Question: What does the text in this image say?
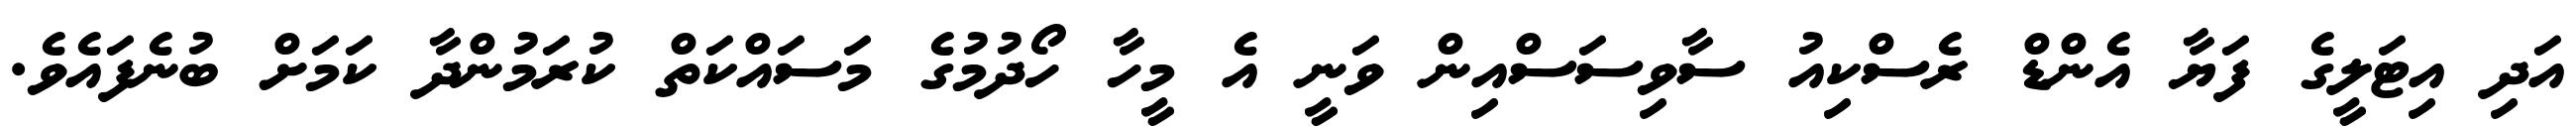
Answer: އަދި އިޓަލީގެ ފަޔާ އެންޑް ރެސްކިއު ސާވިސަސްއިން ވަނީ އެ މީހާ ހޯދުމުގެ މަސައްކަތް ކުރަމުންދާ ކަމަށް ބުނެފައެވެ.